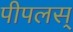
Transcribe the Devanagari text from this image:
पीपलस्